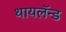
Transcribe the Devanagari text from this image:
थायलॅन्ड